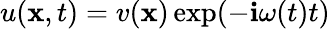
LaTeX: u(\mathbf{x},t)=v(\mathbf{x})\exp(-\mathbf{i}\omega(t)t)